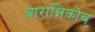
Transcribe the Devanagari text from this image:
बारान्निकोब